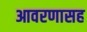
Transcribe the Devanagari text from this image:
आवरणासह